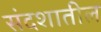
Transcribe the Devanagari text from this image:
संदशातील